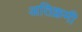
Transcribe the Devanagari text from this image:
अतिक्रमी